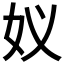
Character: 𮰸